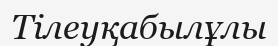
Тілеуқабылұлы